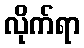
လိုက်ရာ